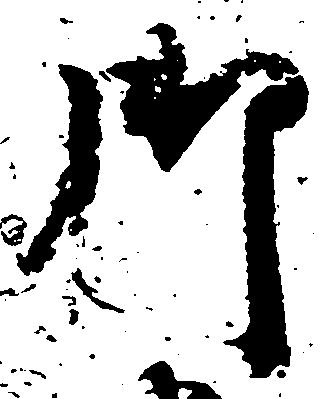
御